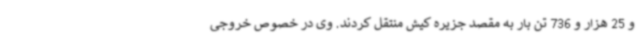
و 25 هزار و 736 تن بار به مقصد جزیره کیش منتقل کردند. وی در خصوص خروجی